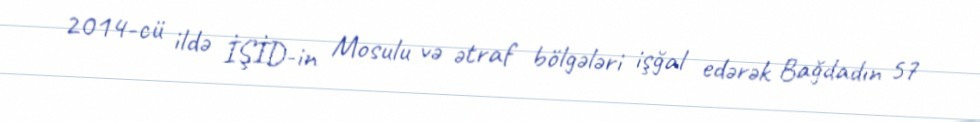
2014-cü ildə İŞİD-in Mosulu və ətraf bölgələri işğal edərək Bağdadın 57